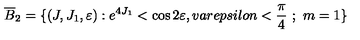
\overline { { B } } _ { 2 } = \{ ( J , J _ { 1 } , \varepsilon ) : e ^ { 4 J _ { 1 } } < \cos 2 \varepsilon , v a r e p s i l o n < \frac { \pi } { 4 } \ ; \ m = 1 \}